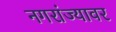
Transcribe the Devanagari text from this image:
नगरांज्यावर